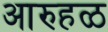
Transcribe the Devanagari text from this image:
आरुहळ